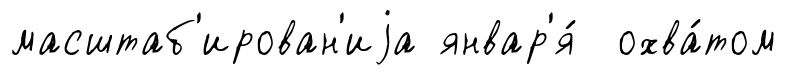
масштаб'ирован'иjа январ'я́ охва́том